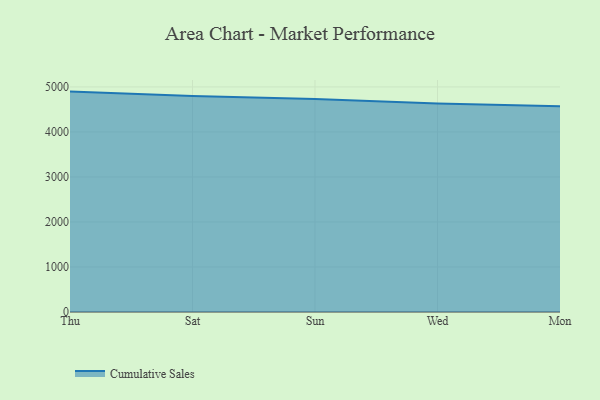
{"axis": {"x": "Day", "y": "Conversion Rate (%)"}, "legend": ["Cumulative Sales"], "data": [{"x": "Thu", "y": 4896.2, "type": "Cumulative Sales"}, {"x": "Sat", "y": 4798.6, "type": "Cumulative Sales"}, {"x": "Sun", "y": 4730.4, "type": "Cumulative Sales"}, {"x": "Wed", "y": 4629.4, "type": "Cumulative Sales"}, {"x": "Mon", "y": 4572.6, "type": "Cumulative Sales"}]}